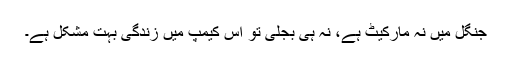
جنگل میں نہ مارکیٹ ہے، نہ ہی بجلی تو اس کیمپ میں زندگی بہت مشکل ہے۔